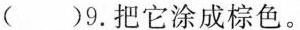
( )9.把它涂成棕色.